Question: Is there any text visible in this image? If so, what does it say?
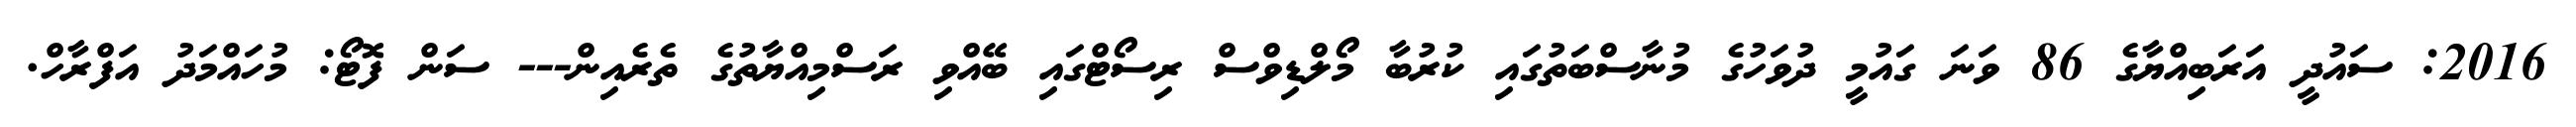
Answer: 2016: ސައުދީ އަރަބިއްޔާގެ 86 ވަނަ ގައުމީ ދުވަހުގެ މުނާސްބަތުގައި ކުރުބާ މޯލްޑިވްސް ރިސޯޓްގައި ބޭއްވި ރަސްމިއްޔާތުގެ ތެރެއިން--- ސަން ފޮޓޯ: މުހައްމަދު އަފްރާހް.